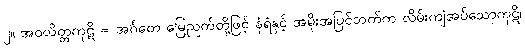
၂။ အဝလိတ္တကုဋိ = အင်္ဂတေ မြေညက်တို့ဖြင့် နံရံနှင့် အမိုးအပြင်ဘက်က လိမ်းကျံအပ်သောကုဋိ၊